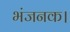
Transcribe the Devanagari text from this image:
भंजनक।